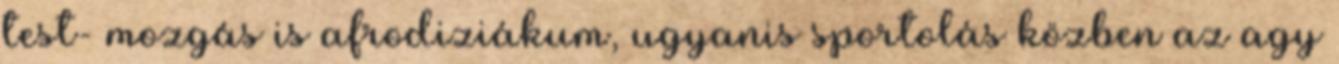
test- mozgás is afrodiziákum, ugyanis sportolás közben az agy